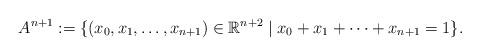
LaTeX: \begin{align*}A^{n+1} := \{ (x_0, x_1, \dots , x_{n+1}) \in \mathbb R^{n+2} \mid x_0 + x_1 + \dots + x_{n+1} = 1 \}.\end{align*}